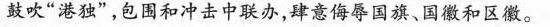
鼓吹”港独”，包围和冲击中联办，肆意侮辱国旗、国徽和区徽。